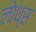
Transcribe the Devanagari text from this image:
लोथ्स